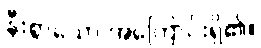
နီးစွာသော အကြောင်းရှိ၏။